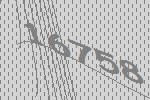
16758